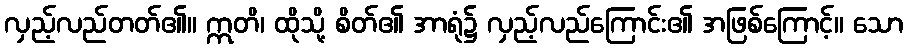
လှည့်လည်တတ်၏။ ဣတိ၊ ထိုသို့ စိတ်၏ အာရုံ၌ လှည့်လည်ကြောင်း၏ အဖြစ်ကြောင့်။ သော